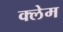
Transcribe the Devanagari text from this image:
क्‍लेम